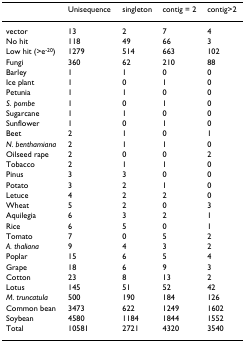
|  | Unisequence | singleton | contig = 2 | contig>2 |
 | --- | --- | --- | --- | --- |
 | vector | 13 | 2 | 7 | 4 |
 | No hit | 118 | 49 | 66 | 3 |
 | Low hit (>e-20) | 1279 | 514 | 663 | 102 |
 | Fungi | 360 | 62 | 210 | 88 |
 | Barley | 1 | 1 | 0 | 0 |
 | Ice plant | 1 | 0 | 1 | 0 |
 | Petunia | 1 | 1 | 0 | 0 |
 | S. pombe | 1 | 0 | 1 | 0 |
 | Sugarcane | 1 | 1 | 0 | 0 |
 | Sunflower | 1 | 0 | 1 | 0 |
 | Beet | 2 | 1 | 0 | 1 |
 | N. benthamiana | 2 | 1 | 1 | 0 |
 | Oilseed rape | 2 | 0 | 0 | 2 |
 | Tobacco | 2 | 1 | 1 | 0 |
 | Pinus | 3 | 3 | 0 | 0 |
 | Potato | 3 | 2 | 1 | 0 |
 | Letuce | 4 | 2 | 2 | 0 |
 | Wheat | 5 | 2 | 0 | 3 |
 | Aquilegia | 6 | 3 | 2 | 1 |
 | Rice | 6 | 5 | 0 | 1 |
 | Tomato | 7 | 0 | 5 | 2 |
 | A. thaliana | 9 | 4 | 3 | 2 |
 | Poplar | 15 | 6 | 5 | 4 |
 | Grape | 18 | 6 | 9 | 3 |
 | Cotton | 23 | 8 | 13 | 2 |
 | Lotus | 145 | 51 | 52 | 42 |
 | M. truncatula | 500 | 190 | 184 | 126 |
 | Common bean | 3473 | 622 | 1249 | 1602 |
 | Soybean | 4580 | 1184 | 1844 | 1552 |
 | Total | 10581 | 2721 | 4320 | 3540 |